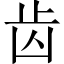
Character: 齿